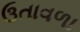
ઉતાવળા